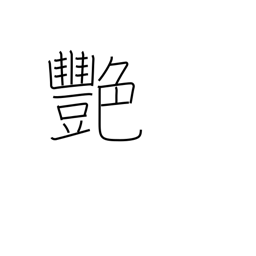
Meaning: luster